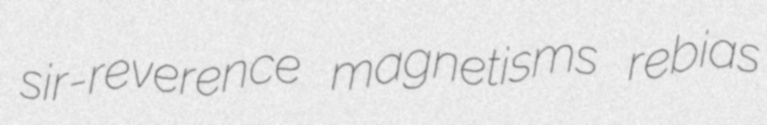
sir-reverence magnetisms rebias